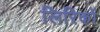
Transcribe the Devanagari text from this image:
लिरिकों